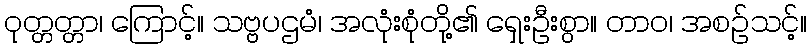
ဝုတ္တတ္တာ၊ ကြောင့်။ သဗ္ဗပဌမံ၊ အလုံးစုံတို့၏ ရှေးဦးစွာ။ တာဝ၊ အစဉ်သင့်။